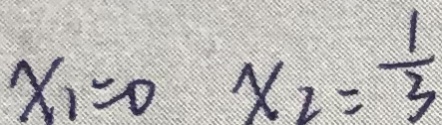
x _ { 1 } = 0 x _ { 2 } = \frac { 1 } { 3 }